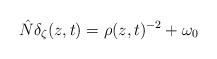
LaTeX: \begin{align*}\hat N\delta_\zeta(z,t)=\rho(z,t)^{-2}+\omega_0\end{align*}